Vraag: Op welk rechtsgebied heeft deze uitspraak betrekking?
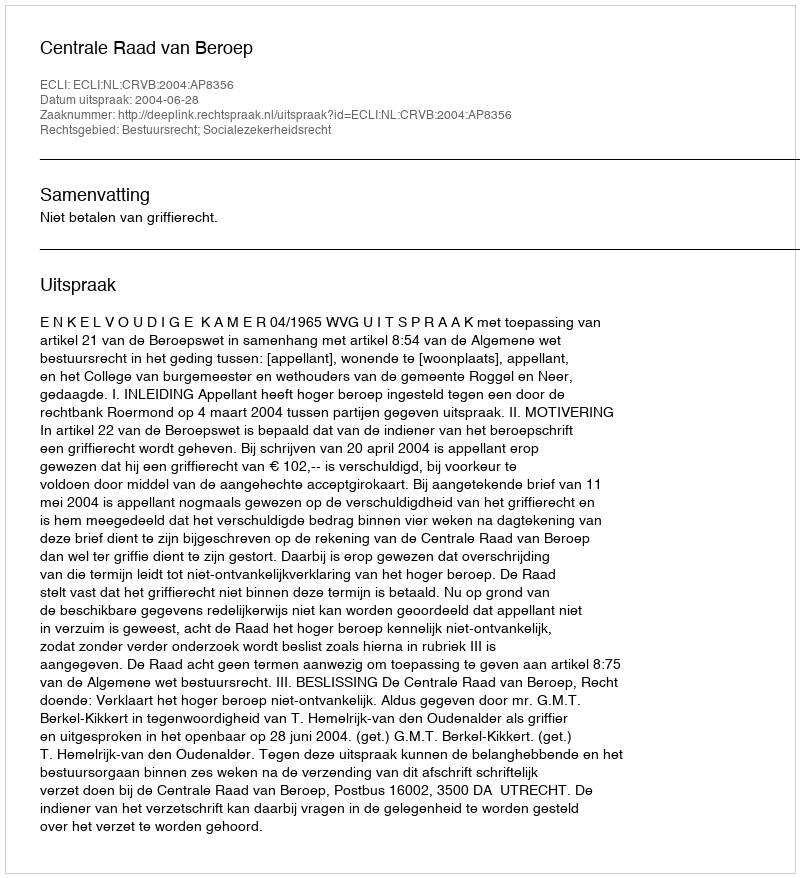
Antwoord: Bestuursrecht; Socialezekerheidsrecht